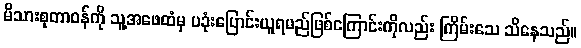
မိသားစုတာဝန်ကို သူ့အဖေထံမှ ပခုံးပြောင်းယူရမည်ဖြစ်ကြောင်းကိုလည်း ကြိမ်းသေ သိနေသည်။